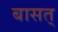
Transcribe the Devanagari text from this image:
बासत्